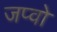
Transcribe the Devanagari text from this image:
जप्वो